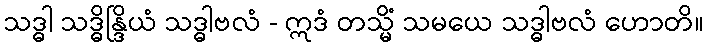
သဒ္ဓါ သဒ္ဓိန္ဒြိယံ သဒ္ဓါဗလံ - ဣဒံ တသ္မိံ သမယေ သဒ္ဓါဗလံ ဟောတိ။